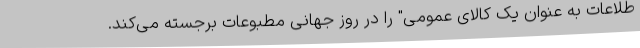
طلاعات به عنوان یک کالای عمومی" را در روز جهانی مطبوعات برجسته می‌کند.